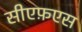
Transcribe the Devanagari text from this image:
सीएफ़एस